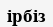
ірбіз